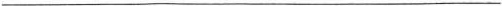
___